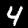
Label: 4